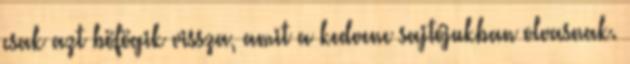
csak azt böfögik vissza, amit a kedvenc sajtójukban olvasnak.